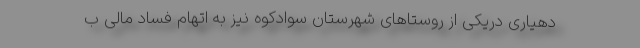
دهیاری دریکی از روستاهای شهرستان سوادکوه نیز به اتهام فساد مالی ب